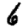
Digit: 6